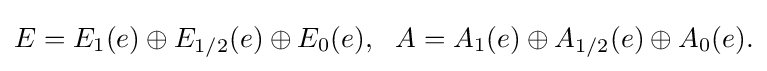
\displaystyle {E=E_{1}(e)\oplus E_{1/2}(e)\oplus E_{0}(e),\,\,\,\,A=A_{1}(e)\oplus A_{1/2}(e)\oplus A_{0}(e).}